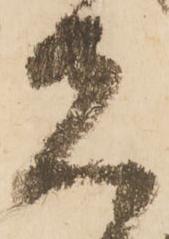
先